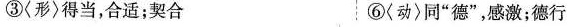
③〈形〉得当，合适；契合 ⑥〈动〉同”德”，感激；德行